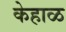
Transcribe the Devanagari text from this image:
केहाळ